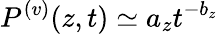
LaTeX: P^{(v)}({z},{t})\simeq a_{z}t^{-b_{z}}